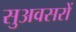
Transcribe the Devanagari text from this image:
सुअवसरों